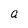
Character: a